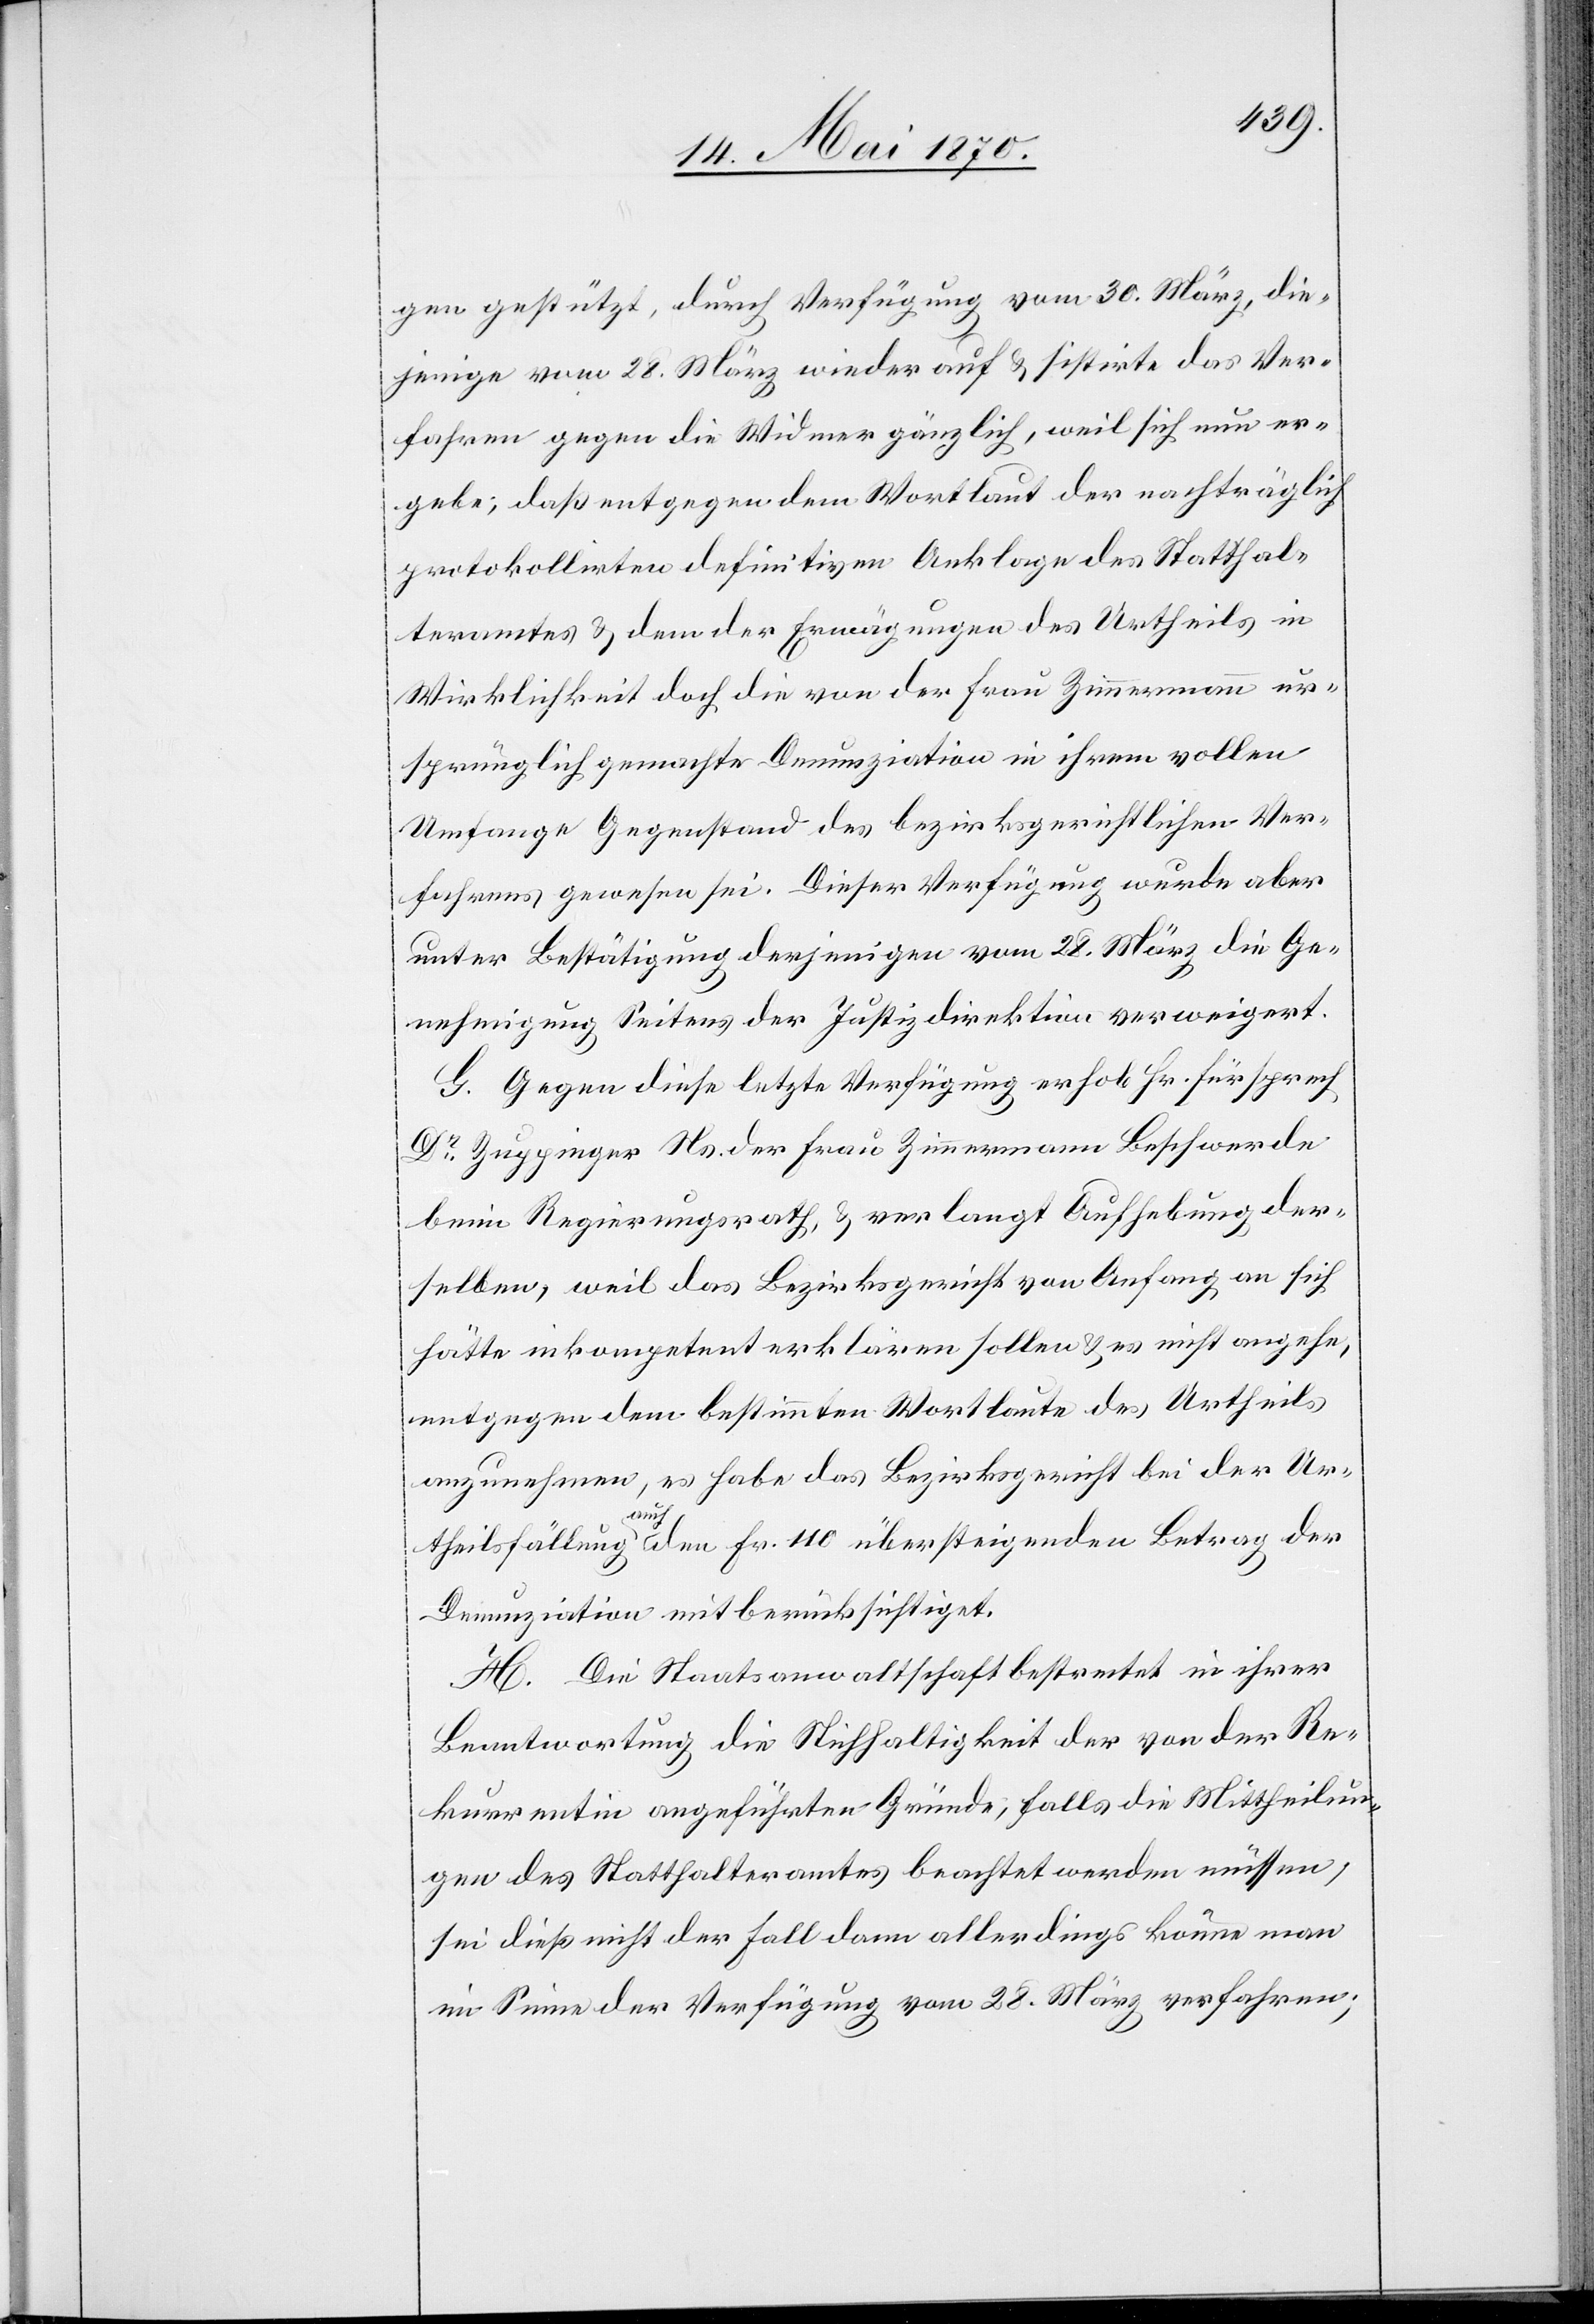
gen gestützt, durch Verfügung vom 30. März, die¬
jenige vom 28. März wieder auf & sistirte das Ver¬
fahren gegen die Widmer gänzlich, weil sich nun er¬
gebe, daß entgegen dem Wortlaut der nachträglich
protokollirten definitiven Anklage des Statthal¬
teramtes & dem der Erwägungen des Urtheils in
Wirklichkeit doch die von der Frau Zimmermann ur¬
sprünglich gemachte Denunziation in ihrem vollen
Umfange Gegenstand des bezirksgerichtlichen Ver¬
fahrens gewesen sei [sic!]. Dieser Verfügung wurde aber
unter Bestätigung derjenigen vom 28. März die Ge¬
nehmigung Seitens der Justizdirektion verweigert.
G. Gegen diese letzte Verfügung erhob Hr. Fürsprech
Dr Zuppinger Ns. der Frau Zimmermann Beschwerde
beim Regierungsrath, & verlangt Aufhebung der¬
selben, weil das Bezirksgericht von Anfang an sich
hätte inkompetent erklären sollen & es nicht angehe,
entgegen dem bestimmten Wortlaute des Urtheils
anzunehmen, es habe das Bezirksgericht bei der Ur¬
theilsfällung auch den Fr. 110 übersteigenden Betrag der
Denunziation mitberücksichtiget.
H. Die Staatsanwaltschaft bestreitet in ihrer
Beantwortung die Stichhaltigkeit der von der Re¬
kurrentin angeführten Gründe, falls die Mittheilun¬
gen des Statthalteramtes beachtet werden müssen,
sei dieß nicht der Fall dann allerdings könne man
im Sinne der Verfügung vom 28. März verfahren;